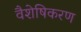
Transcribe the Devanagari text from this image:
वैशेषिकरण